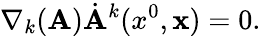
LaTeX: \nabla_{k}(\mathbf{A})\dot{{\mathbf{A}}}^{k}(x^{0},{\mathbf{x}})=0.